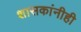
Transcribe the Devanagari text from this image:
शासकांनीही